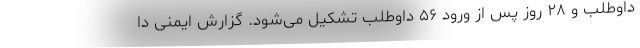
داوطلب و ۲۸ روز پس از ورود ۵۶ داوطلب تشکیل می‌شود. گزارش ایمنی دا